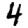
Digit: 4